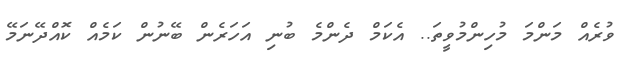
ވުރެއް މަންމަ މުހިންމުވީތަ.. އެކަމް ދެންމެ ބުނި އަހަރެން ބޭނުން ކަމެއް ކޮއްދޭނަމޭ